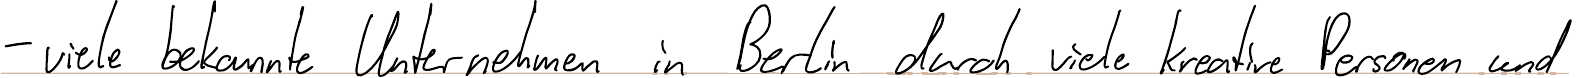
- viele bekannte Unternehmen in Berlin durch viele kreative Personen und